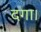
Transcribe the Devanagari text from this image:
दगा।